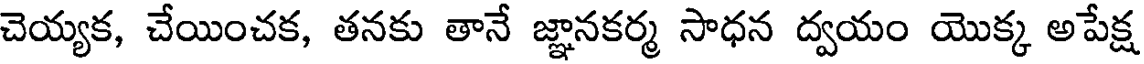
చెయ్యక, చేయించక, తనకు తానే జ్ఞానకర్మ సాధన ద్వయం యొక్క అపేక్ష